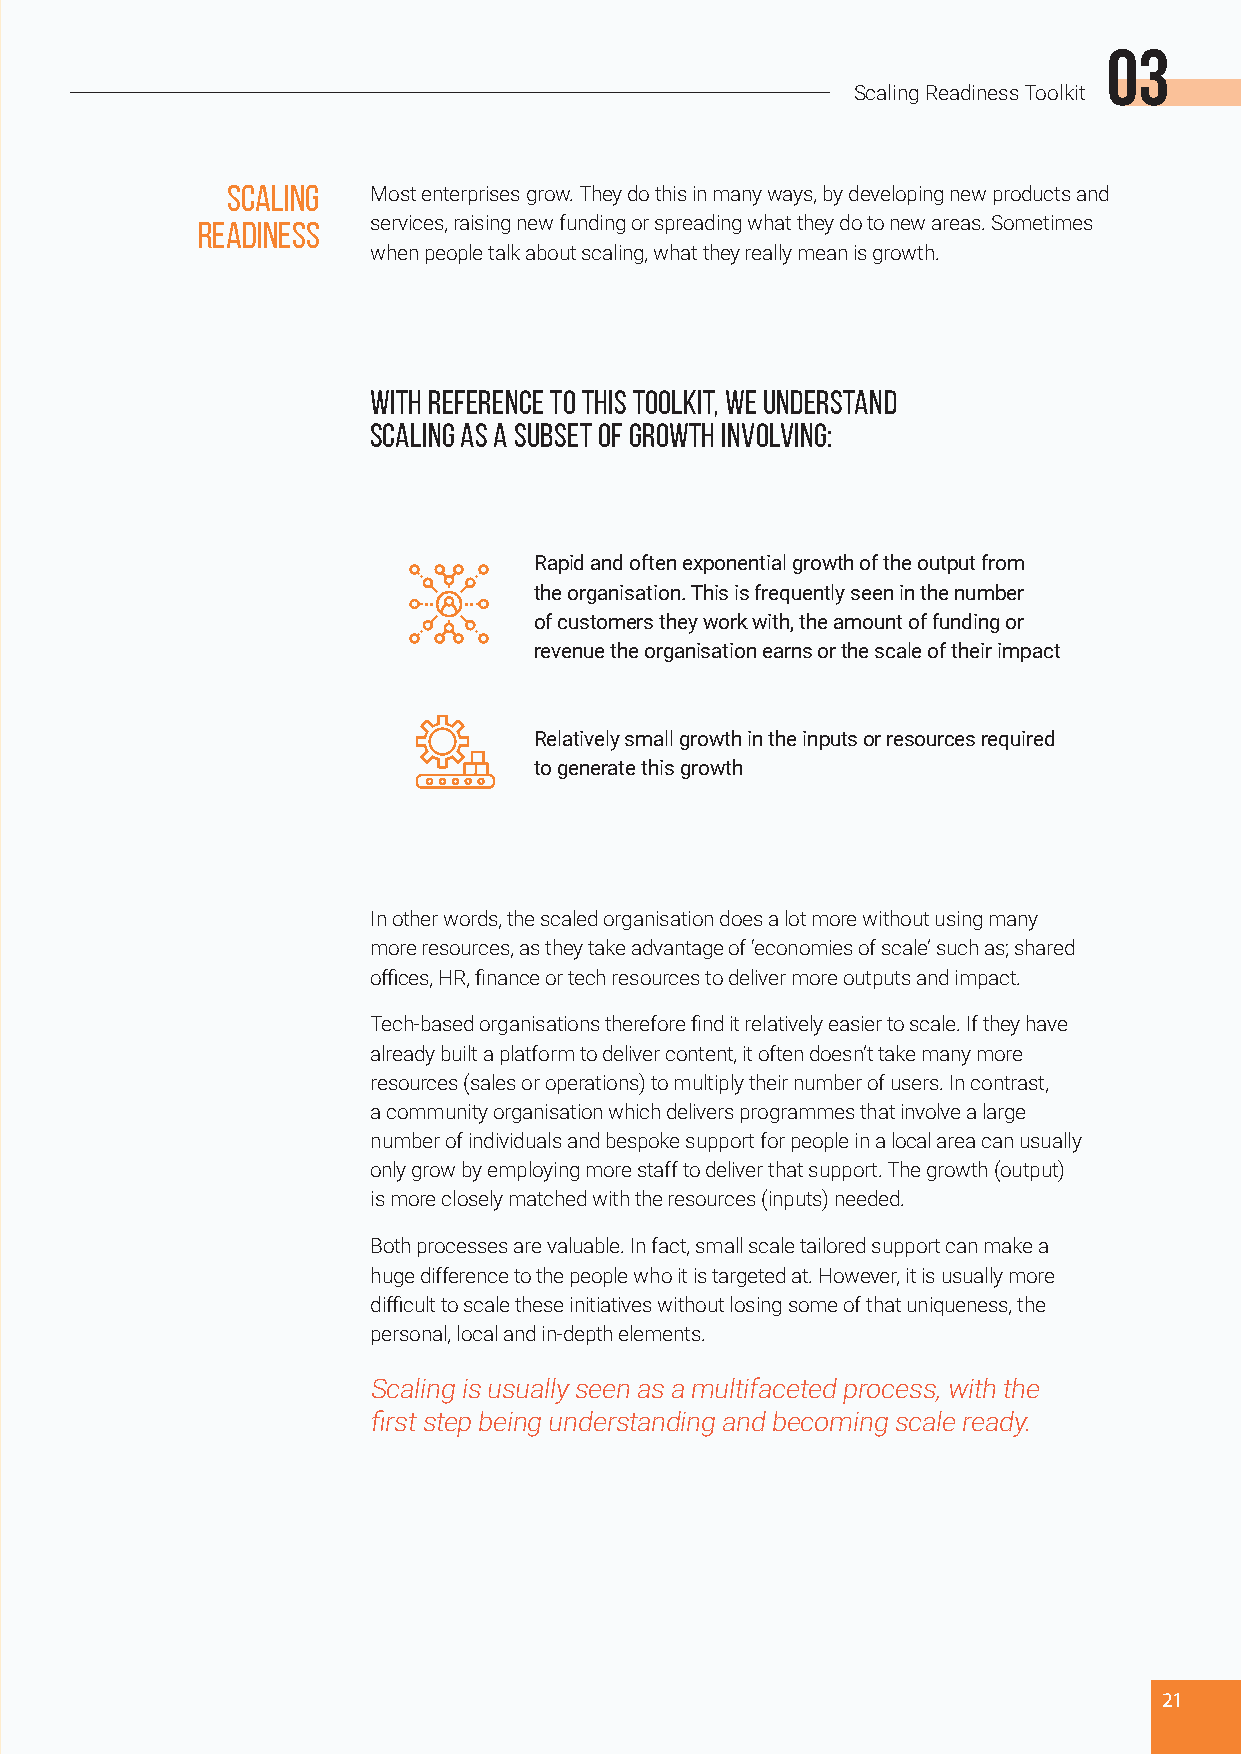
03
 Scaling Readiness Toolkit
 SCALING   Most enterprises grow. They do this in many ways, by developing new products and
 READINESS   services, raising new funding or spreading what they do to new areas. Sometimes
 when people talk about scaling, what they really mean is growth.
 With reference to this toolkit, we understand
 scaling as a subset of growth involving:
 Rapid and often exponential growth of the output from
 the organisation. This is frequently seen in the number
 of customers they work with, the amount of funding or
 revenue the organisation earns or the scale of their impact
 Relatively small growth in the inputs or resources required
 to generate this growth
 In other words, the scaled organisation does a lot more without using many
 more resources, as they take advantage of ‘economies of scale’ such as; shared
 offices, HR, finance or tech resources to deliver more outputs and impact.
 Tech-based organisations therefore find it relatively easier to scale. If they have
 already built a platform to deliver content, it often doesn’t take many more
 resources (sales or operations) to multiply their number of users. In contrast,
 a community organisation which delivers programmes that involve a large
 number of individuals and bespoke support for people in a local area can usually
 only grow by employing more staff to deliver that support. The growth (output)
 is more closely matched with the resources (inputs) needed.
 Both processes are valuable. In fact, small scale tailored support can make a
 huge difference to the people who it is targeted at. However, it is usually more
 difficult to scale these initiatives without losing some of that uniqueness, the
 personal, local and in-depth elements.
 Scaling is usually seen as a multifaceted process, with the
 first step being understanding and becoming scale ready.
 21